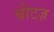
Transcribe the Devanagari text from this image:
बीटज़